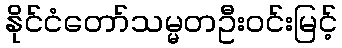
နိုင်ငံတော်သမ္မတဦးဝင်းမြင့်